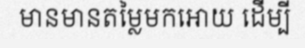
មានមានតម្លៃមកអោយ ដើម្បី